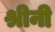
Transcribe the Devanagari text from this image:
श्रीनी